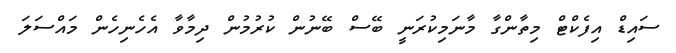
ސައިޑް އިފެކްޓް މިތާންގާ މާނަމިކުރަނީ ބޭސް ބޭނުން ކުރުމުން ދިމާވާ އެހެނިހެން މައްސަލަ